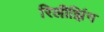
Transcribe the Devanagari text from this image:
रिलीझिंग